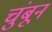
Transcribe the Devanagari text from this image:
चुंबून